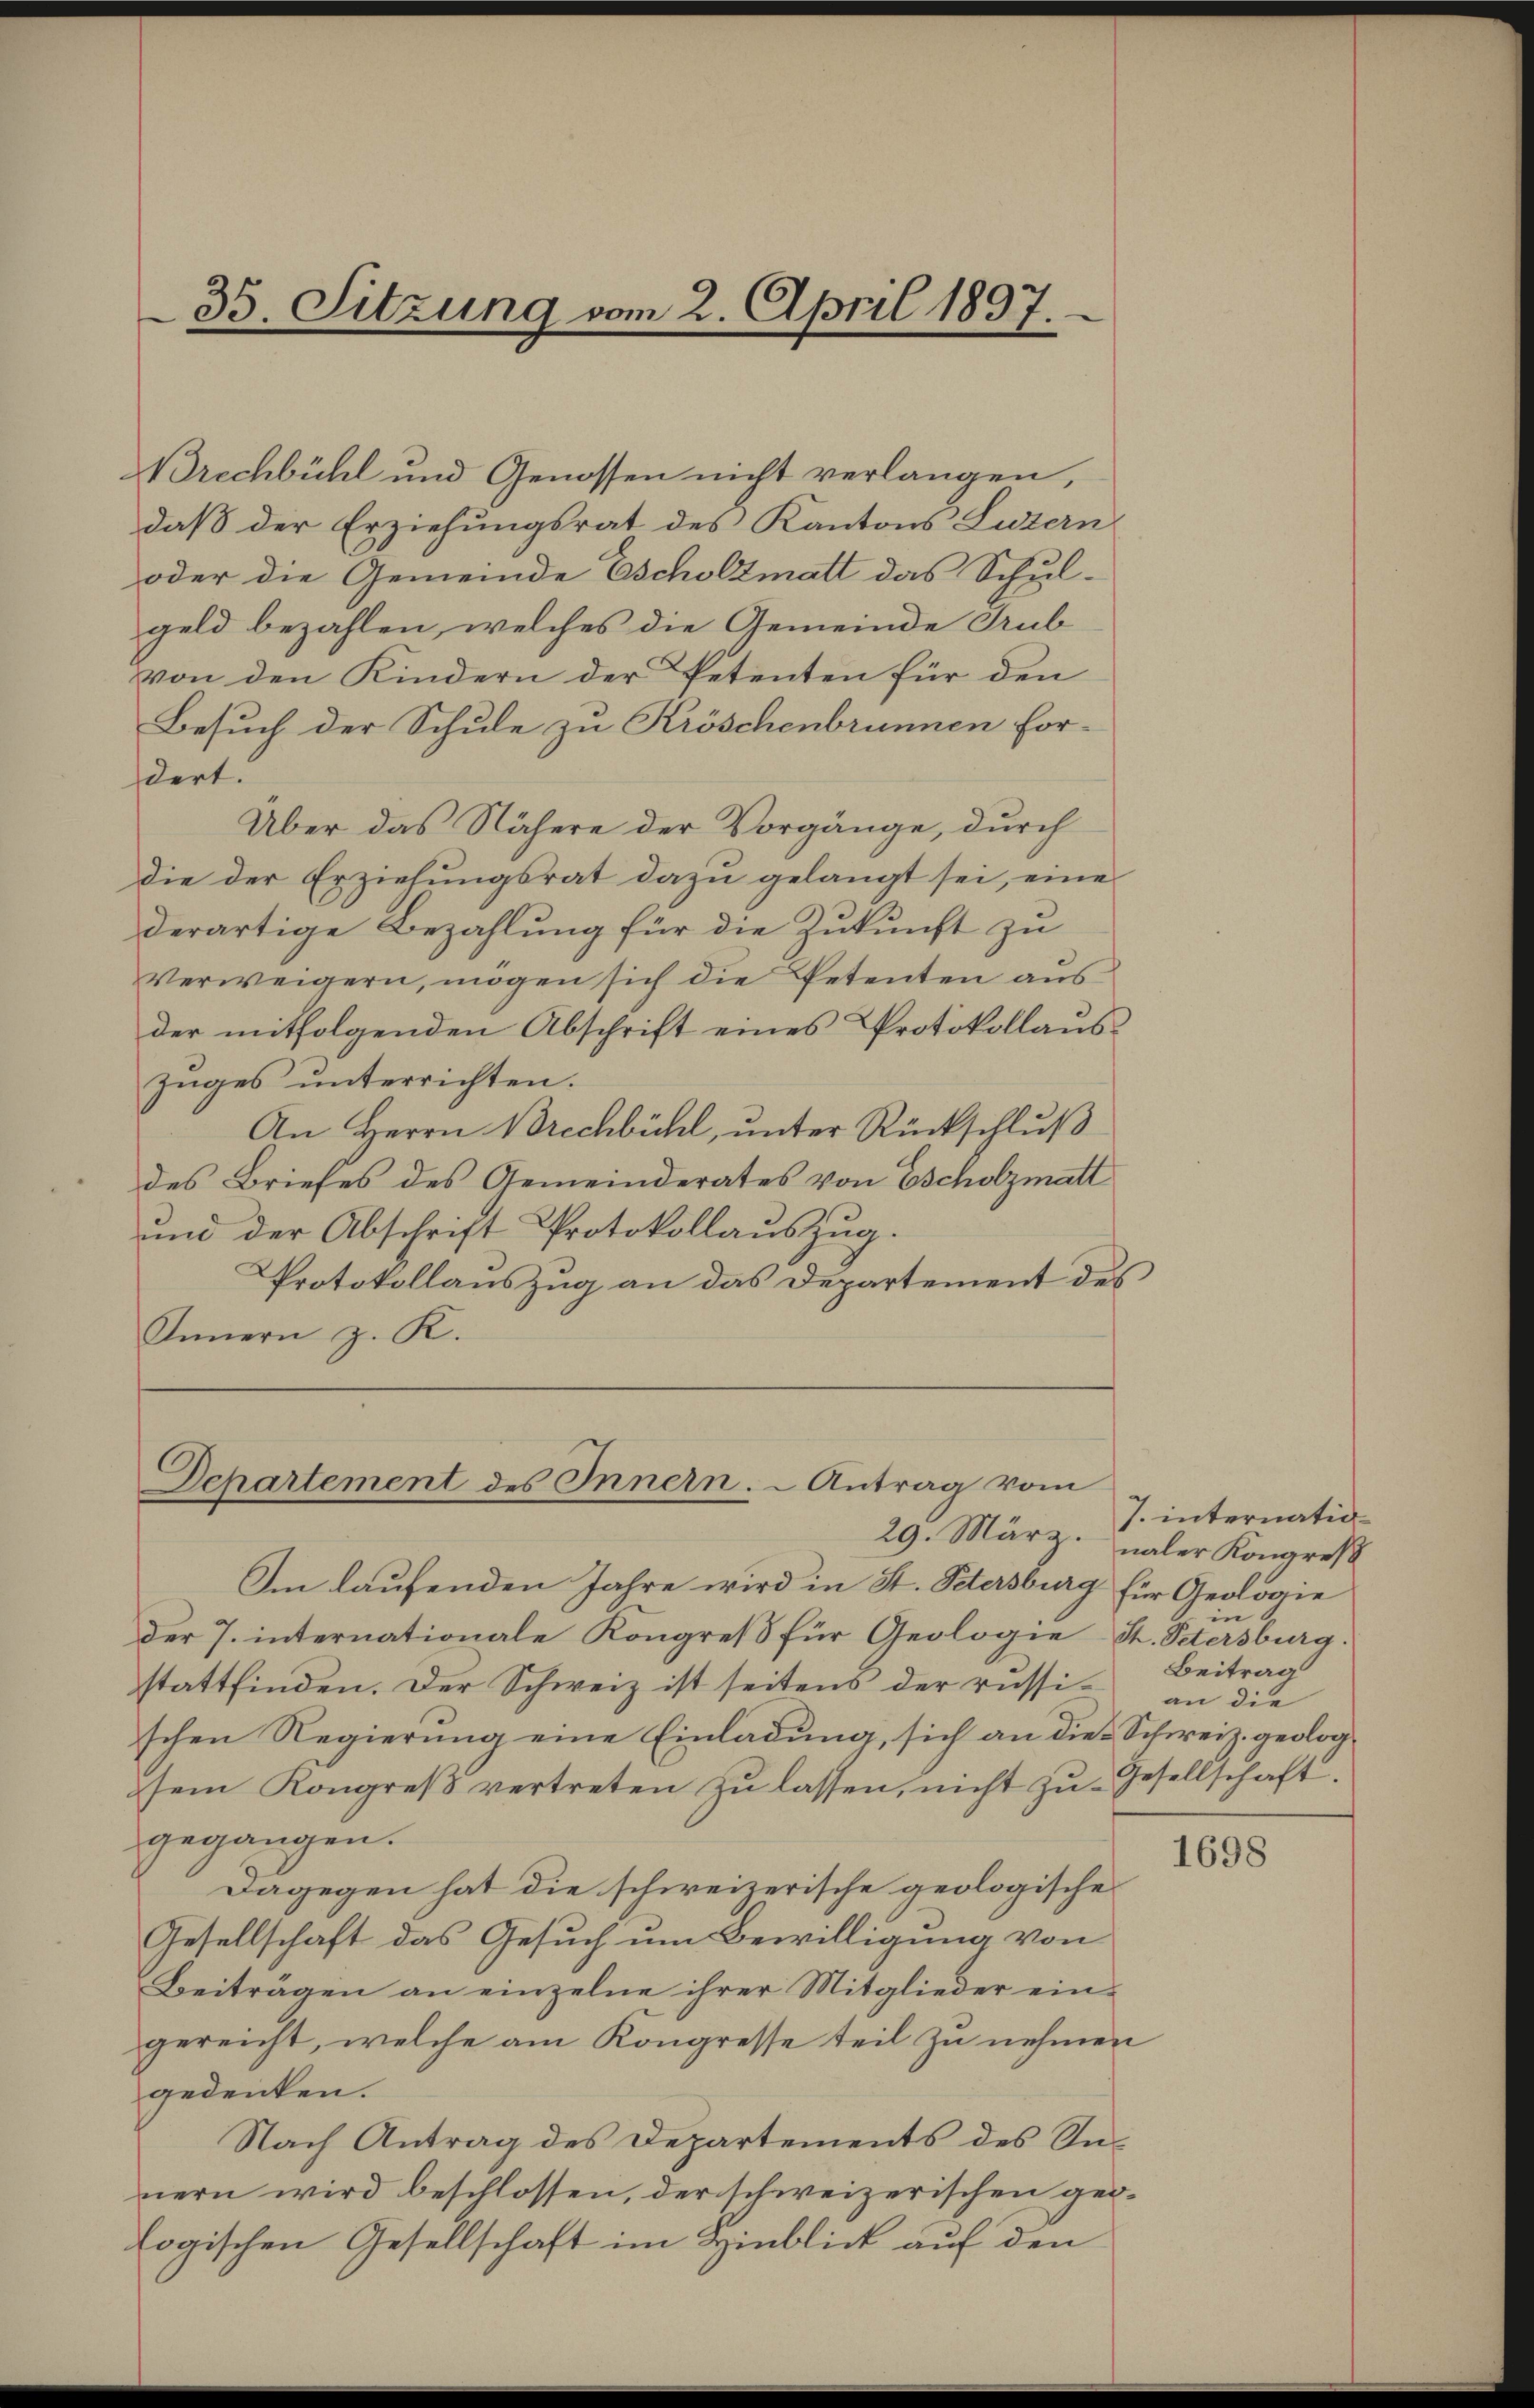
35. Sitzung vom 2. April 1897.

Brechbühl und Genossen nicht verlangen,
daß der Erziehungsrat des Kantons Luzern
oder die Gemeinde Escholzmatt das Schul-
geld bezahlen, welches die Gemeinde Grub
von den Kindern der Petenten für den
Besuch der Schule zu Kröschenbrunnen fordert.
Über das Nähere der Vorgänge, durch
die der Erziehŭngsrat dazu gelangt sei, eine
derartige Bezahlung für die Zukunft zu
verweigern, mögen sich die Petenten aus
der mitfolgenden Abschrift eines Protokollaus
zŭges ŭnterrichten.
An Herrn Brechbühl, unter Rückschluß
des Briefes des Gemeinderates von Escholzmatt
und der Abschrift Protokollauszug.
Protokollauszug an das Departement des
Innern z. K.

Departement des Innern. Antrag vom
29. März.

Im laufenden Jahre wird in St. Petersburg für Geologie
der 7. internationale Kongreß für Geologie St. Petersburg.
stattfinden. Der Schweiz ist seitens der russischen Regierung eine Einladung, sich an die Schweiz. geologsem Kongreβ vertreten zŭ lassen, nicht zu Gesellschaft.
gegangen.
Dagegen hat die schweizerische geologische
Gesellschaft das Gesuch um Bewilligung von
Beiträgen an einzelne ihrer Mitglieder ein-
gereicht, welche am Kongresse teil zu nehmen
gedenken.
Nach Antrag des Departements des Innern wird beschlossen, der schweizerischen geologischen Gesellschaft im Hinblick auf den

J. internationaler Kongreß
in
Beitrag
an die

1698